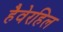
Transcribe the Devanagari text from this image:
हैवेरहिल